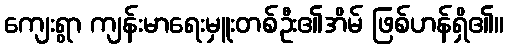
ကျေးရွာ ကျန်းမာရေးမှူးတစ်ဦး၏အိမ် ဖြစ်ဟန်ရှိ၏။